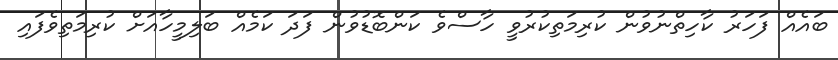
ބައެއް ފަހަރު ކާހިތްނުވުން ކުރިމަތިކުރުވީ ހާސްވެ ކަންބޮޑުވުން ފަދަ ކަމެއް ބަލިމީހާއަށް ކުރިމަތިވެފައި